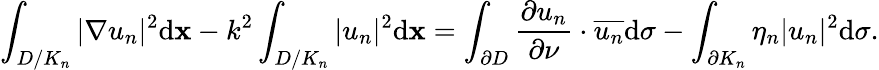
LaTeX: \int_{D/{K_{n}}}{|\nabla{u_{n}}{|^{2}}\mathrm d\mathbf x-{k^{2}}}\int_{D/{K_{n}}}{|u_{n}|^{2}}\mathrm d\mathbf x=\int_{\partial D}{{\frac{\partial{u_{n}}}{\partial\nu}}}\cdot\overline{{u_{n}}}\mathrm d\sigma-\int_{\partial{K_{n}}}\eta_{n}{|u_{n}|^{2}}\mathrm d\sigma.